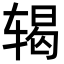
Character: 𬨍